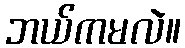
ဘယ်ကမလဲ။